Civil Veterinary Dept. Bombay admin report 1907-1913 - 1907-1913
Year: 1907
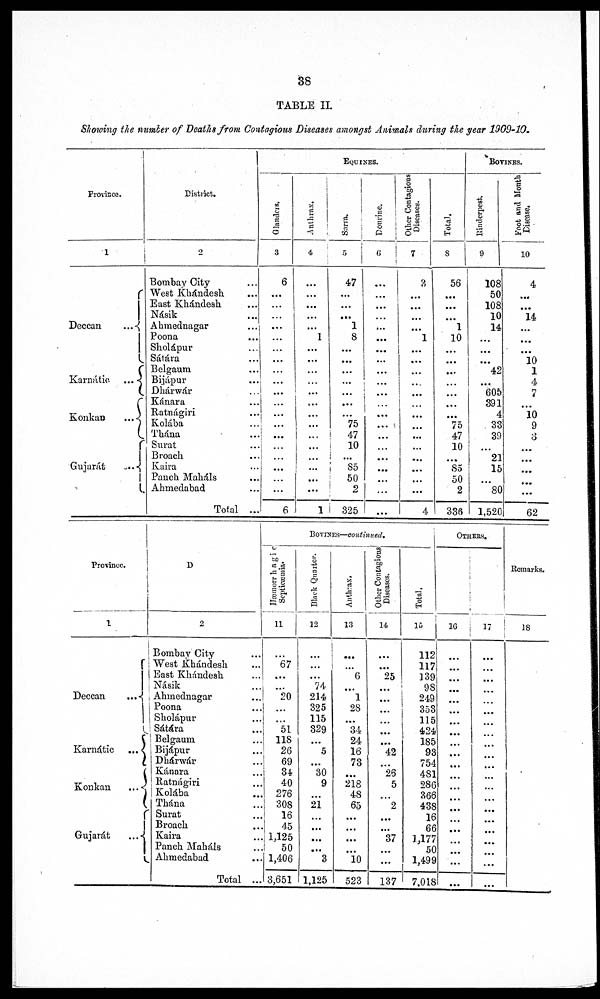
88
TABLE II.
Showing the number of Deaths from Contagious Diseases amongst Animals during the year 1909-10.
Province.
1
Deccan
...
Karnátio
...
Konkan
...
Gujarat
..
District.
2
Bombay City ...
West Khándesh ...
East Khándesh ...
Násik ...
Ahmednagar ...
Poona ...
Sholápur...
Sátára ...
Belgaurm ...
Bijápur ...
Dhárwár ...
Kánara ...
Ratnágiri ...
Kolába ...
Thána ...
Surat...
Broach ...
Kaira ...
Pancli Maháls ...
Ahmedabad ...
Total ...
EQUINES
Glnders,
3
6
...
...
...
...
...
...
...
...
...
...
...
...
.....
...
...
...
...
...
6
Anthrax.
4
...
...
...
...
...
1
...
...
...
...
...
...
...
...
...
...
...
...
...
1
Surra,
5
47
...
...
...
1
8
...
...
...
...
...
...
75
47
10
...
85
50
2
325
Dourine.
6
...
...
...
...
...
...
...
...
...
...
...
...
...
...
...
...
...
...
...
...
Other Contagious
Diseases.
7
3
...
...
...
...
1
...
...
...
...
...
...
...
...
...
...
...
...
...
4
Total.
8
56
...
...
...
1
10
...
...
...
...
...
...
...
75
47
10
...
85
50
2
336
BOVINES.
Rinderpest.
9
108
50
108
10
14
...
...
...
42
...
605
391
4
33
39
...
21
15
...
80
1,520
Foot and Month
Disease,
10
4
...
...
14
...
...
...
10
1
4
...
...
10
9
3
...
...
...
...
62
Province.
1
Deccan
Karnátic
...
Konkan
...
Gujarát
...
D
2
Bombay City ...
West Khándesh ...
East Khándesh ... ...
Násik ...
Ahmednagar ...
Poona ...
Sholápur ...
Sátára ...
Belgauni ...
Bijápur ...
Dhárwár ...
Kánara...
Ratnágiri ...
Kolába ...
Thána ...
Surat ...
Broach ...
Kaira ...
Panch Mahdls ...
Ahmedabad ...
Total ...
BOVINES—continued.
Hæamirrhaic
Septicæmia.
11
...
67
...
...
20
...
...
51
118
26
69
34
40
276
308
16
45
1,125
50
1,406
3,651
Black Quarter.
12
...
...
...
74
214
325
115
329
...
5
...
30
9
...
21
...
...
...
...
3
1,125
Anthrax.
13
...
...
6
...
1
28
...
34
24
16
73
...
218
48
65
...
...
...
...
10
523
Other Contagious
Diseases.
14
...
...
25
...
...
...
...
......
...
42
...
26
5
...
2
...
....
37
...
...
137
Total.
15
112
117
139
98
249
353
115
424
185
93
754
481
286
366
438
16
66
1,177
50
1,499
7,018
OTHERS
16|
...
...
...
...
...
...
....
...
...
...
...
...
...
...
...
...
...
...
...
...
17
...
...
...
...
...
...
...
...
...
...
...
...
...
...
...
...
...
...
...
...
Remarks.
18
...
...
...
...
...
...
...
...
...
...
...
...
...
...
...
...
...
...
...
...